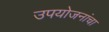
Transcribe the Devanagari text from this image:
उपयोजनांचा